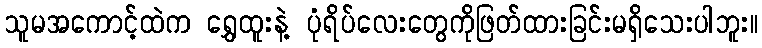
သူမအကောင့်ထဲက ရွှေထူးနဲ့ ပုံရိပ်လေးတွေကိုဖြတ်ထားခြင်းမရှိသေးပါဘူး။